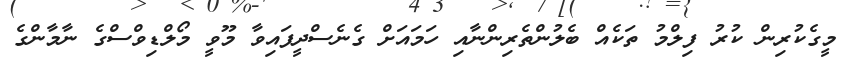
މީގެކުރިން ކުރު ފިލްމު ތަކެއް ބެލުންތެރިންނާއި ހަމައަށް ގެނެސްދީފައިވާ މޫވީ މޯލްޑިވްސްގެ ނާމާންގެ